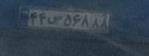
۴۴س۵۶۸۸۸